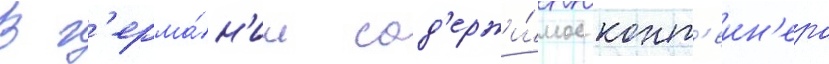
В г'ерма́н'ии сод'ержи́мое конт'еин'ера